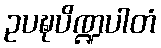
ဥပဍ္ဎပိဏ္ဍပါတံ